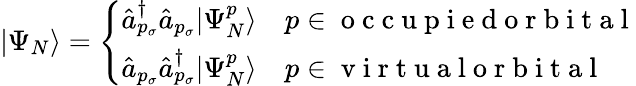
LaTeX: |\Psi_{N}\rangle=\left\{ \begin{array}{ll}{\hat{a}_{p_{\sigma}}^{\dagger}\hat{a}_{p_{\sigma}}|\Psi_{N}^{p}\rangle}&{p\in\mathrm{~o~c~c~u~p~i~e~d~o~r~b~i~t~a~l~}}\\ {\hat{a}_{p_{\sigma}}\hat{a}_{p_{\sigma}}^{\dagger}|\Psi_{N}^{p}\rangle}&{p\in\mathrm{~v~i~r~t~u~a~l~o~r~b~i~t~a~l~}}\end{array}\right.